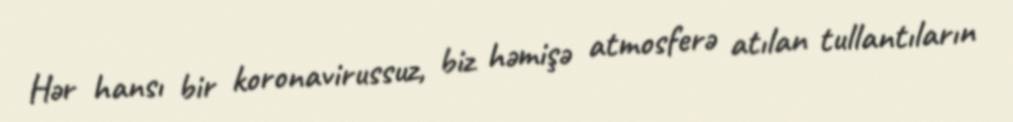
Hər hansı bir koronavirussuz, biz həmişə atmosferə atılan tullantıların